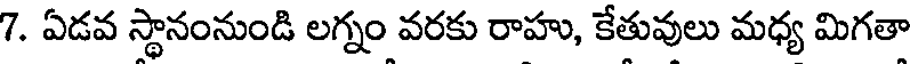
7. ఏడవ స్థానంనుండి లగ్నం వరకు రాహు, కేతువులు మధ్య మిగతా